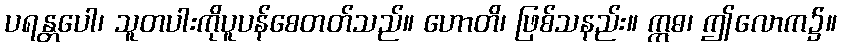
ပရန္တပေါ၊ သူတပါးကိုပူပန်စေတတ်သည်။ ဟောတိ၊ ဖြစ်သနည်း။ ဣဓ၊ ဤလောက၌။